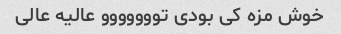
خوش مزه کی بودی تووووووو عالیه عالی